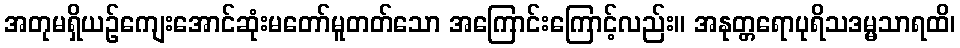
အတုမရှိယဉ်ကျေးအောင်ဆုံးမတော်မူတတ်သော အကြောင်းကြောင့်လည်း။ အနုတ္တရောပုရိသဒမ္မသာရထိ၊